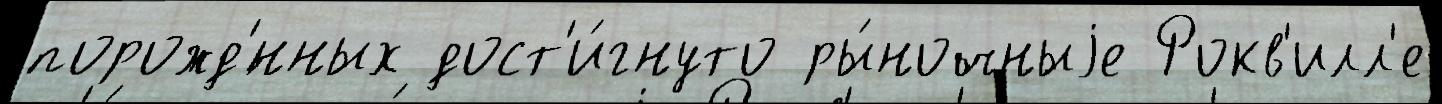
порожд'́нных дост'и́гнуто ры́ночныjе Рокв'илл'е